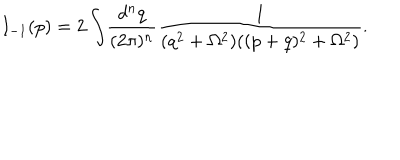
I _ { - 1 } ( p ) = 2 \int \! \frac { d ^ { n } q } { ( 2 \pi ) ^ { n } } \frac { 1 } { ( q ^ { 2 } + \Omega ^ { 2 } ) ( ( p + q ) ^ { 2 } + \Omega ^ { 2 } ) } .